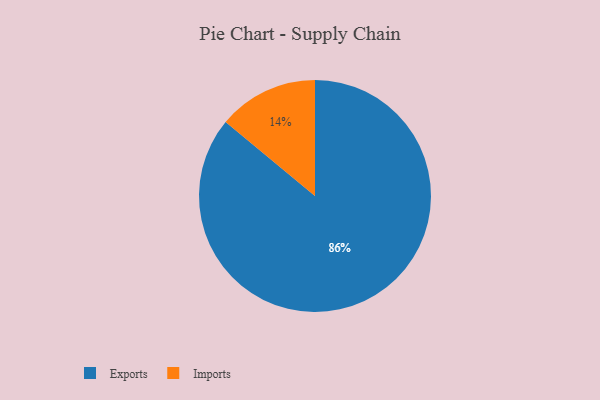
{"axis": {"x": "Category", "y": "Percentage"}, "legend": ["Exports", "Imports"], "data": [{"x": "Imports", "y": 14, "type": "Imports"}, {"x": "Exports", "y": 86, "type": "Exports"}]}